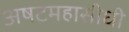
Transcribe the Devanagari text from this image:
अषटमहासीधी